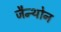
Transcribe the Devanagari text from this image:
जैन्थोन